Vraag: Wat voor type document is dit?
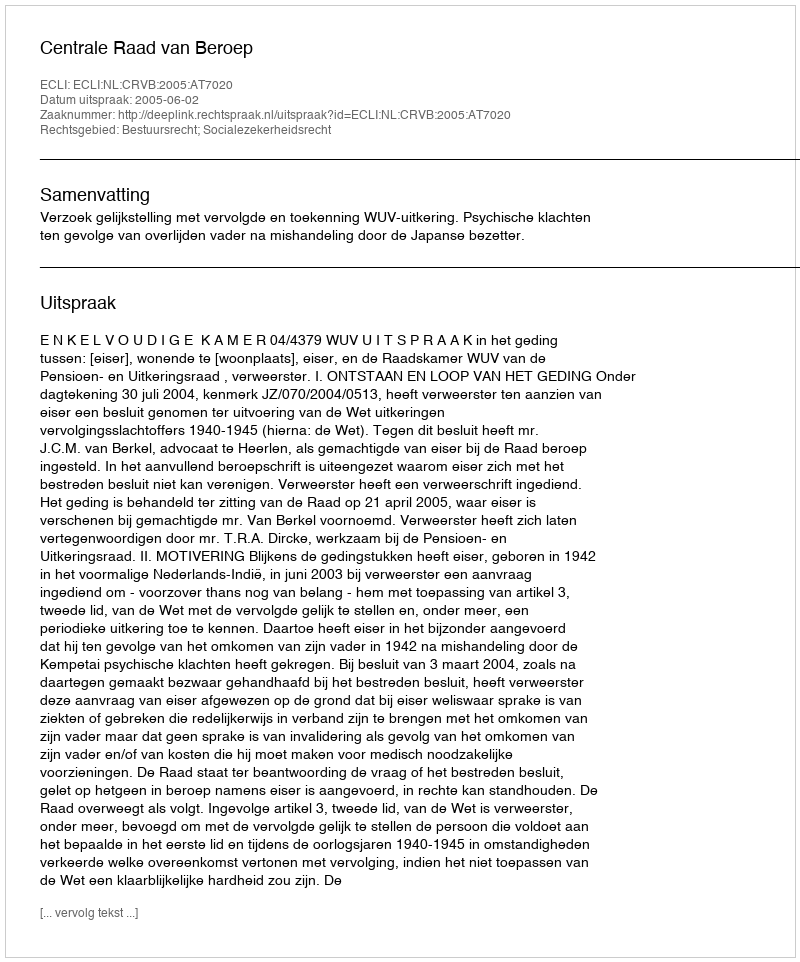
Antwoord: Uitspraak